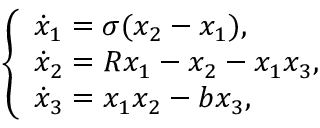
\left\{ \begin{array} { l l } { \dot { x } _ { 1 } = \sigma ( x _ { 2 } - x _ { 1 } ) , } \\ { \dot { x } _ { 2 } = R x _ { 1 } - x _ { 2 } - x _ { 1 } x _ { 3 } , } \\ { \dot { x } _ { 3 } = x _ { 1 } x _ { 2 } - b x _ { 3 } , } \end{array} \right.